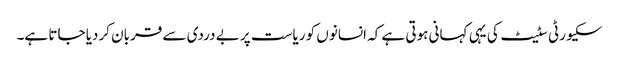
سکیورٹی سٹیٹ کی یہی کہانی ہوتی ہے کہ انسانوں کو ریاست پر بے دردی سے قربان کردیا جاتا ہے۔